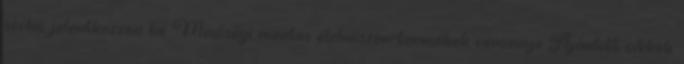
szólni, jelentkezzen be Minőségi mentes élelmiszer-termékek versenye Ajánlott cikkek